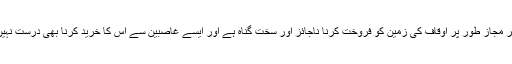
۲- غیر مجاز طور پر اوقاف کی زمین کو فروخت کرنا ناجائز اور سخت گناہ ہے اور ایسے غاصبین سے اس کا خرید کرنا بھی درست نہیں ہے۔